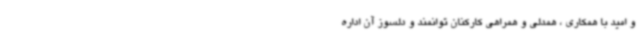
و امید با همکاری ، همدلی و همراهی کارکنان توانمند و دلسوز آن اداره